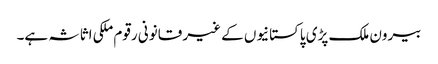
بیرون ملک پڑی پاکستانیوں کے غیر قانونی رقوم ملکی اثاثہ ہے۔